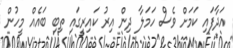
އަދާފައި ކަމަށް ވެސް ހަމަލާ ދިން އިރު ކައިރީގައި ތިބި ބައެއް މީހުން